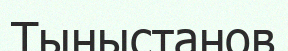
Тыныстанов